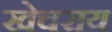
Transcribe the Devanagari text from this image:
खेचराय